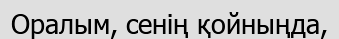
Оралым, сенің қойныңда,